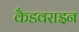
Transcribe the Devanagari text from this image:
कैडवराइन